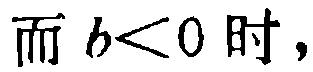
而 \(b<0\) 时，